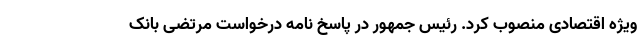
ویژه اقتصادی منصوب کرد. رئیس جمهور در پاسخ نامه درخواست مرتضی بانک